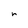
Character: r